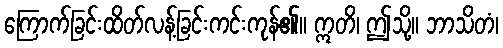
ကြောက်ခြင်းထိတ်လန့်ခြင်းကင်းကုန်၏။ ဣတိ၊ ဤသို့။ ဘာသိတံ၊